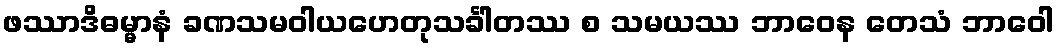
ဖဿာဒိဓမ္မာနံ ခဏသမဝါယဟေတုသင်္ခါတဿ စ သမယဿ ဘာဝေန တေသံ ဘာဝေါ